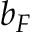
b _ { F }